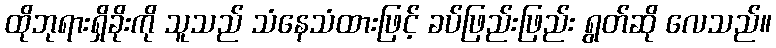
ထိုဘုရားရှိခိုးကို သူသည် သံနေသံထားဖြင့် ခပ်ဖြည်းဖြည်း ရွတ်ဆို လေသည်။